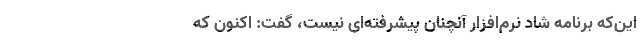
این‌که برنامه شاد نرم‌افزار آنچنان پیشرفته‌ای نیست، گفت: اکنون که